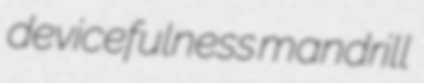
devicefulness mandrill